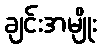
ချင်းအမျိုး